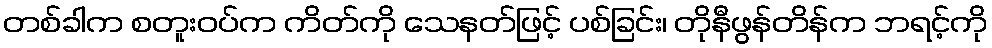
တစ်ခါက စတူးဝပ်က ကိတ်ကို သေနတ်ဖြင့် ပစ်ခြင်း၊ တိုနီဖွန်တိန်က ဘရင့်ကို